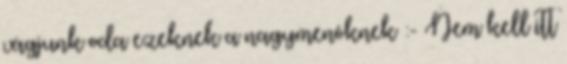
vágjunk oda ezeknek a nagymenôknek :- Nem kell itt